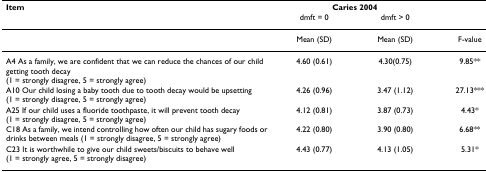
| Item | <COLSPAN=2> Caries 2004 |  |
 |  | dmft = 0 | dmft > 0 |  |
 | --- | --- | --- | --- |
 |  | Mean (SD) | Mean (SD) | F-value |
 | A4 As a family, we are confident that we can reduce the chances of our child getting tooth decay(1 = strongly disagree, 5 = strongly agree) | 4.60 (0.61) | 4.30(0.75) | 9.85** |
 | A10 Our child losing a baby tooth due to tooth decay would be upsetting(1 = strongly disagree, 5 = strongly agree) | 4.26 (0.96) | 3.47 (1.12) | 27.13*** |
 | A25 If our child uses a fluoride toothpaste, it will prevent tooth decay(1 = strongly disagree, 5 = strongly agree) | 4.12 (0.81) | 3.87 (0.73) | 4.43* |
 | C18 As a family, we intend controlling how often our child has sugary foods or drinks between meals (1 = strongly disagree, 5 = strongly agree) | 4.22 (0.80) | 3.90 (0.80) | 6.68** |
 | C23 It is worthwhile to give our child sweets/biscuits to behave well(1 = strongly agree, 5 = strongly disagree) | 4.43 (0.77) | 4.13 (1.05) | 5.31* |